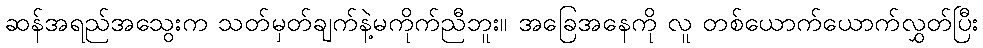
ဆန်အရည်အသွေးက သတ်မှတ်ချက်နဲ့မကိုက်ညီဘူး။ အခြေအနေကို လူ တစ်ယောက်ယောက်လွှတ်ပြီး